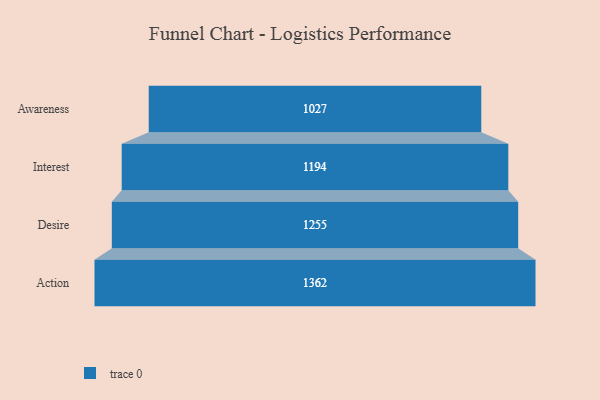
{"axis": {"x": "Stage", "y": "Value"}, "legend": [""], "data": [{"x": "Awareness", "y": 1027.0, "type": ""}, {"x": "Interest", "y": 1194.0, "type": ""}, {"x": "Desire", "y": 1255.0, "type": ""}, {"x": "Action", "y": 1362.0, "type": ""}]}